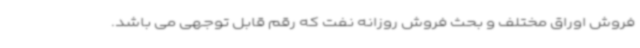
فروش اوراق مختلف و بحث فروش روزانه نفت که رقم قابل توجهی می باشد.